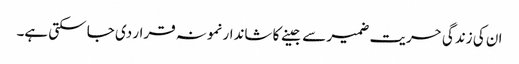
ان کی زندگی حریت ضمیر سے جینے کا شاندار نمونہ قرار دی جا سکتی ہے۔